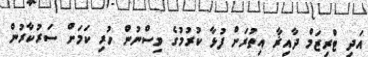
އަދި ޓްރިޒަމް ދާއިޜާ އިތުރަށް ފުޅާ ކުރުމުގެ ވިސްނުން ހުރި ކަމަށް ސަރުކާރުން